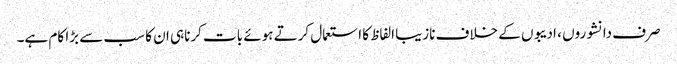
صرف دانشوروں ، ادیبوں کے خلاف نازیبا الفاظ کا استعمال کرتے ہوئے بات کرناہی ان کا سب سے بڑا کام ہے۔